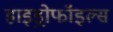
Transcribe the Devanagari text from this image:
हाइड्रोफॉइल्स